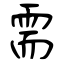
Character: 需